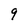
Character: 9